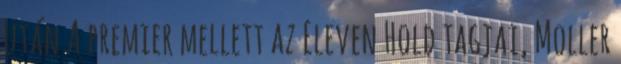
után A premier mellett az Eleven Hold tagjai, Moller